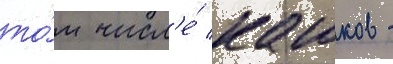
то́м числ'е́ кашков -